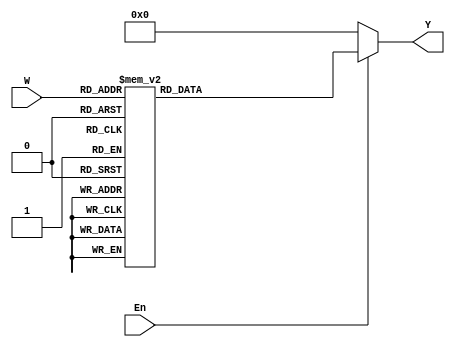
/*
Anuar Zhanat
Cute Processor
Laboratory work 3
Introduction to Computer Architecture
*/


module dec3to8(	input [2:0] W,
		input En,
		output reg [0:7] Y);
		
		always @(W or En)
		begin
			if (En == 1)
				case (W) // 8 number of registers R0-R7
					3'b000: Y = 8'b10000000;
					3'b001: Y = 8'b01000000;
					3'b010: Y = 8'b00100000;
					3'b011: Y = 8'b00010000;
					3'b100: Y = 8'b00001000;
					3'b101: Y = 8'b00000100;
					3'b110: Y = 8'b00000010;
					3'b111: Y = 8'b00000001;
				endcase
			else 
				Y = 8'b00000000;
		end
endmodule
	
module regn(R, Rin, Clock, Q);
	parameter n = 16;
	input [n-1:0] R;
	input Rin, Clock;
	output [n-1:0] Q;
	reg [n-1:0] Q;
	always @(posedge Clock)
		if (Rin)
			Q <=R;
endmodule

// Main process module
module cute_processor( 
	input [15:0] DIN,
	input Resetn, Clock, Run,
	output reg Done,
	output reg [15:0] BusWires);
	
	parameter T0 = 2'b00, T1 = 2'b01, T2 = 2'b10, T3 = 2'b11;
	reg [0:7] Rin, Rout;
	reg [15:0] Sum;
	reg IRin, DINout, Ain, Gin, Gout, AddSub;
	reg [1:0] Tstep_Q, Tstep_D;
	wire [2:0] I;
	wire [0:7] Xreg, Yreg;
	wire [15:0] R0, R1, R2, R3, R4, R5, R6, R7, A, G;
	wire [1:9] IR;
	wire [1:10] Sel;
	wire clear=Resetn|Done|(~Run&~Tstep_Q[0]&~Tstep_Q[1]);
	assign I = IR[1:3];
	dec3to8 decX (IR[4:6], 1'b1, Xreg);
	dec3to8 decY (IR[7:9], 1'b1, Yreg);
	
	always @(Tstep_Q, Run, Done)
	begin
		case (Tstep_Q)
			T0:
				if (~Run) Tstep_D = T0;
				else Tstep_D = T1;
			T1:
				if (Done) Tstep_D = T0;
				else Tstep_D = T2;
			T2:
				Tstep_D = T3;
			T3:
				Tstep_D = T0;
		endcase
	end

	parameter mv = 3'b000, mvi = 3'b001, add = 3'b010, sub = 3'b011;
	always @(Tstep_Q or I or Xreg or Yreg)
	begin
		Done = 1'b0; Ain = 1'b0; Gin = 1'b0; Gout = 1'b0; AddSub = 1'b0;
		IRin = 1'b0; DINout = 1'b0; Rin = 8'b0; Rout = 8'b0;
		case (Tstep_Q)
			T0:
				begin
					IRin = 1'b1;
				end
			T1:
				case (I)
					mv:
					begin // Copying the data from R registers
						Rout = Yreg;
						Rin = Xreg;
						Done = 1'b1;
					end
					mvi:
					begin		
						DINout = 1'b1;
						Rin = Xreg;
						Done = 1'b1;
					end
					add, sub:
					begin
						Rout = Xreg;
						Ain = 1'b1;
					end
					default: ;
				endcase
			T2:
				case (I)
					add:
					begin
						Rout = Yreg;
						Gin = 1'b1;
					end
					sub:
					begin
						Rout = Yreg;
						AddSub = 1'b1;
						Gin = 1'b1;
					end
					default: ;
				endcase
			T3:
				case (I)
					add, sub:
					begin
						Gout = 1'b1;
						Rin = Xreg;
						Done = 1'b1;	
					end
					default: ;
				endcase
		endcase
	end
	
	always @(posedge Clock, negedge Resetn)
		if (!Resetn)
			Tstep_Q <= T0;
		else
			Tstep_Q <= Tstep_D;
	regn reg_0 (BusWires, Rin[0], Clock, R0);
	regn reg_1 (BusWires, Rin[1], Clock, R1);	
	regn reg_2 (BusWires, Rin[2], Clock, R2);
	regn reg_3 (BusWires, Rin[3], Clock, R3);
	regn reg_4 (BusWires, Rin[4], Clock, R4);
	regn reg_5 (BusWires, Rin[5], Clock, R5);
	regn reg_6 (BusWires, Rin[6], Clock, R6);
	regn reg_7 (BusWires, Rin[7], Clock, R7);
	regn reg_A (BusWires, Ain, Clock, A);
	regn #(.n(9)) reg_IR (DIN[15:7], IRin, Clock, IR);
	
	// ALU
	always @(AddSub or A or BusWires) // Instruction add/sub
		begin
		if (!AddSub)
			Sum = A + BusWires;
		else
			Sum = A - BusWires;
			end
		regn reg_G (Sum, Gin, Clock, G);
		assign Sel = {Rout, Gout, DINout}; // Defining the bus
		
		always @(*)
		begin
			if (Sel == 10'b1000000000)
				BusWires = R0;
 			else if (Sel == 10'b0100000000)
				BusWires = R1;
			else if (Sel == 10'b0010000000)
				BusWires = R2;
			else if (Sel == 10'b0001000000)
				BusWires = R3;
			else if (Sel == 10'b0000100000)
				BusWires = R4;
			else if (Sel == 10'b0000010000)
				BusWires = R5;
			else if (Sel == 10'b0000001000)
				BusWires = R6;
			else if (Sel == 10'b0000000100)
				BusWires = R7;
			else if (Sel == 10'b0000000010)
				BusWires = G;
			else BusWires = DIN;
		end
endmodule